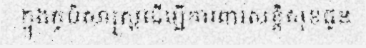
ក្នុងភូមិសាស្ត្រដើម្បីការពារសន្តិសុខជូន